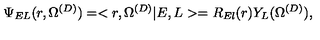
\Psi _ { E L } ( r , \Omega ^ { ( D ) } ) = < r , \Omega ^ { ( D ) } | E , L > = R _ { E l } ( r ) Y _ { L } ( \Omega ^ { ( D ) } ) ,